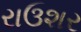
રાઉશર